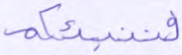
فننبئكم